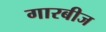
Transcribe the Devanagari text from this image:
गारबीज